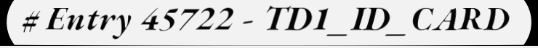
# Entry 45722 - TD1_ID_CARD